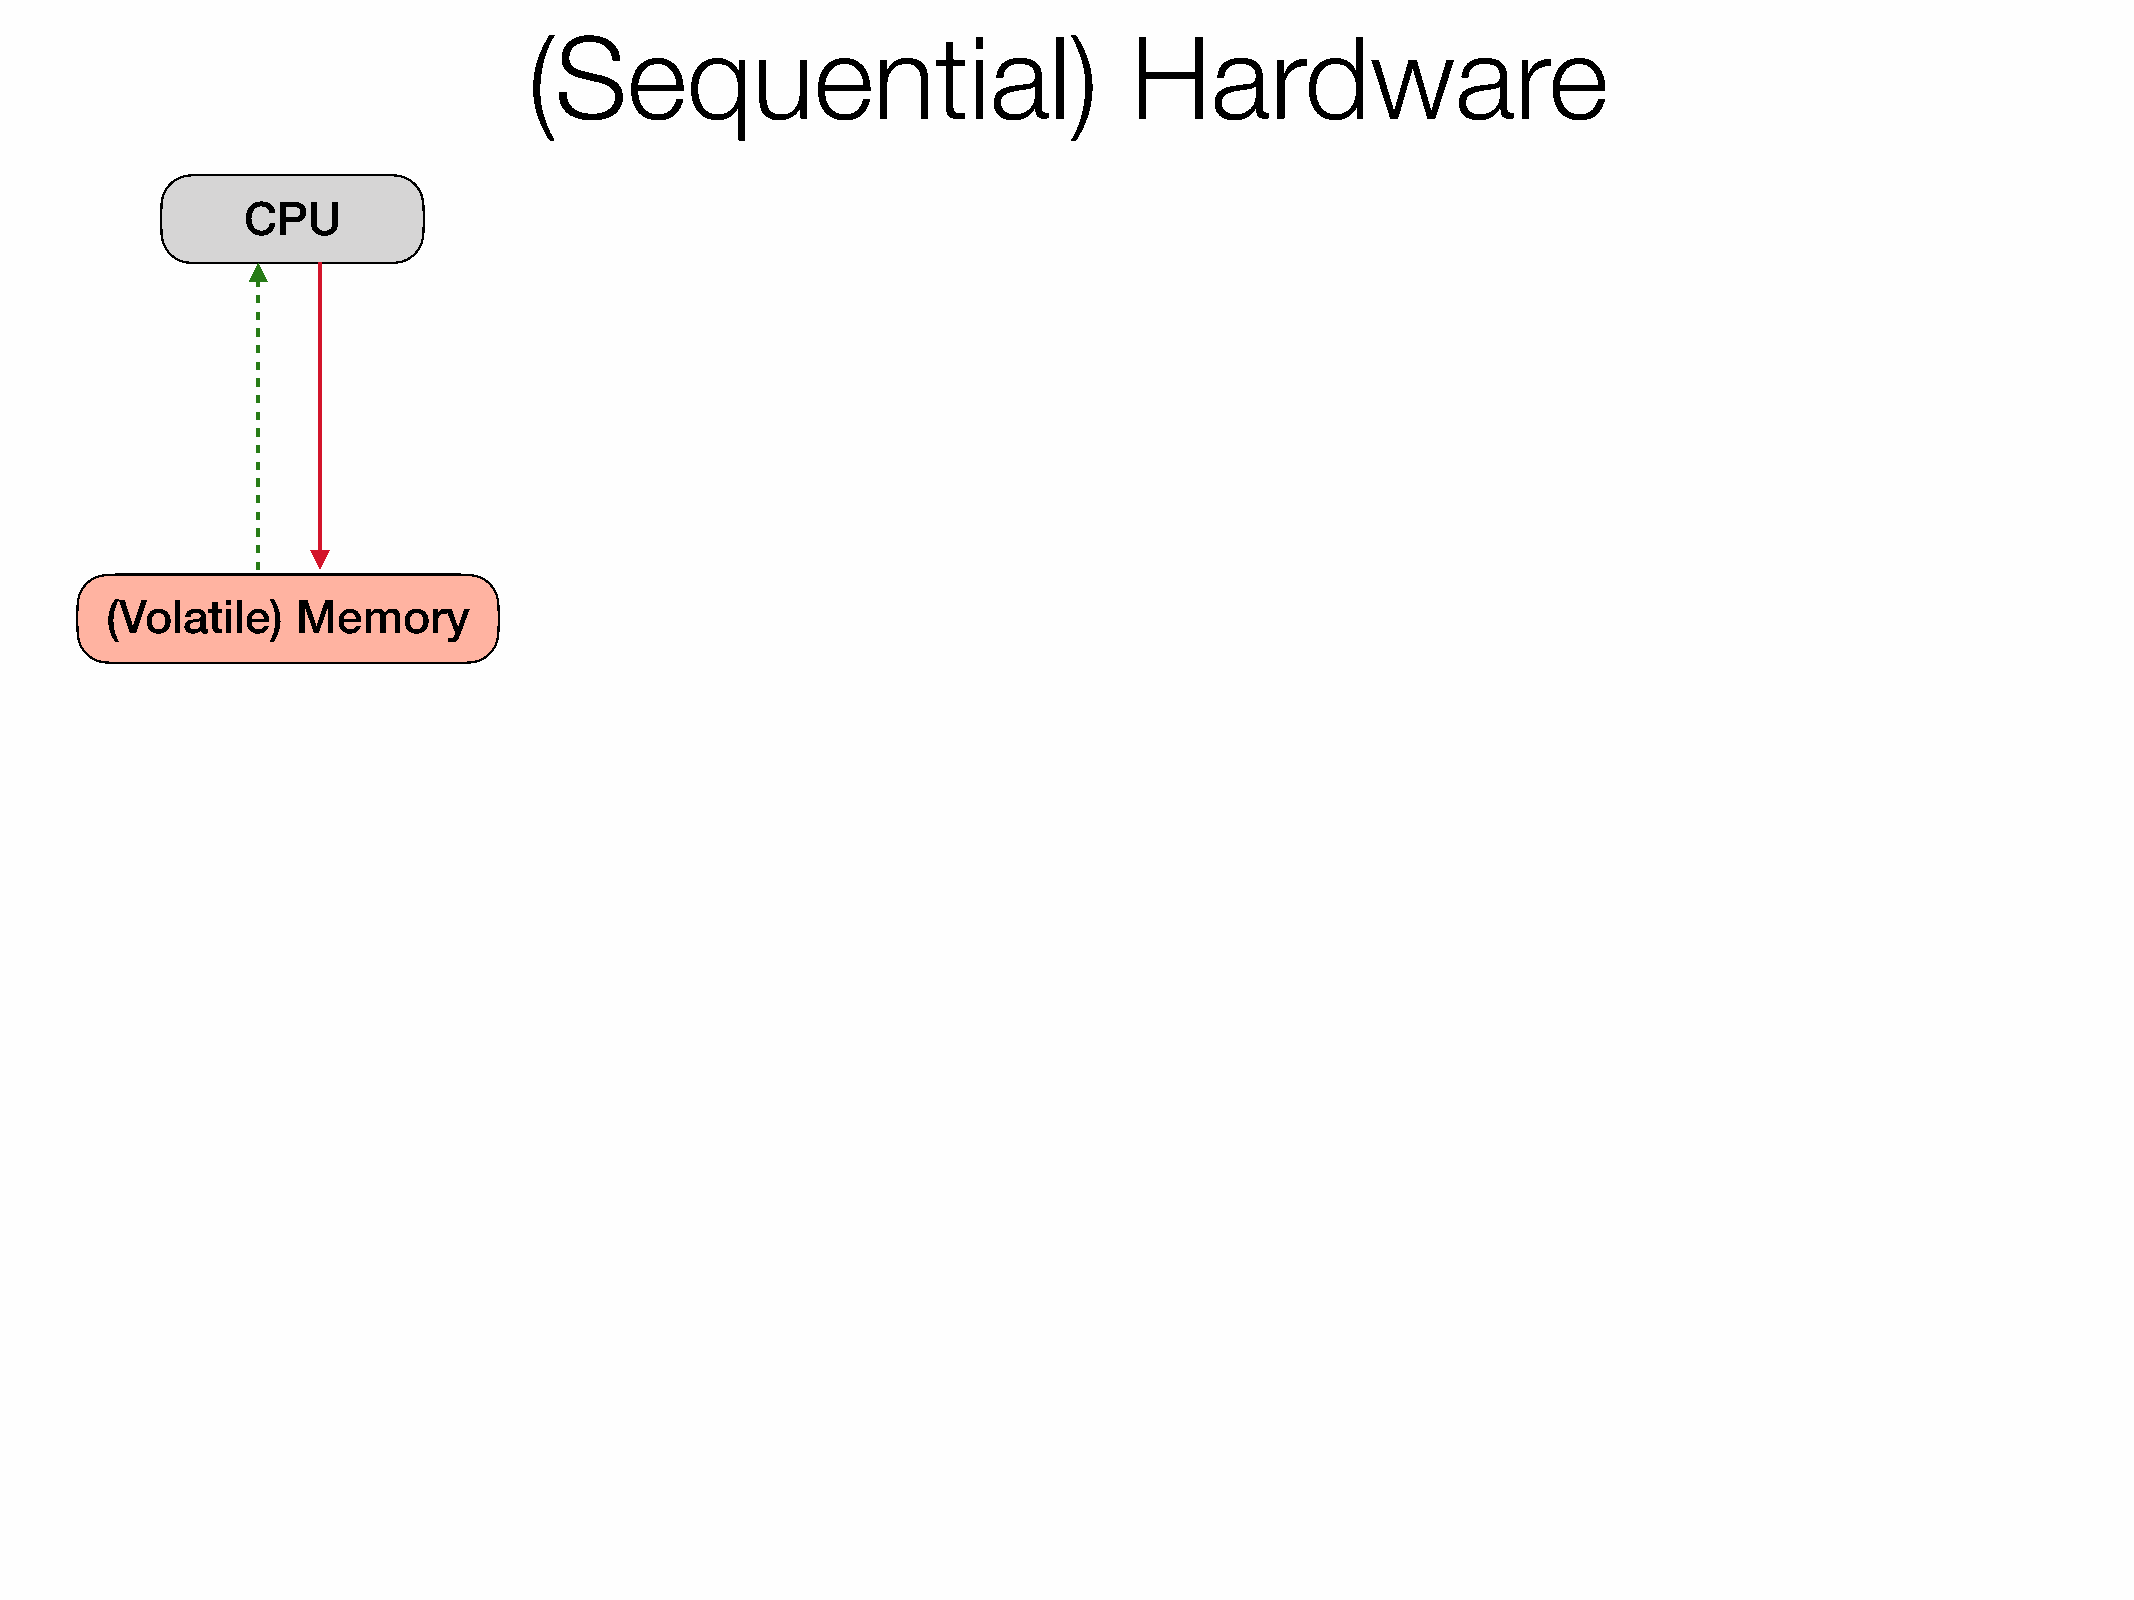
(Sequential)                            Hardware
 CPU
 (Volatile)   Memory